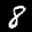
Label: 8